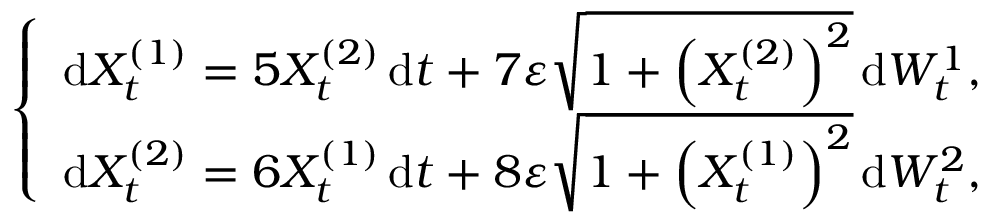
\left\{ \begin{array} { r } { \mathrm { d } X _ { t } ^ { ( 1 ) } = 5 X _ { t } ^ { ( 2 ) } \, \mathrm { d } t + 7 \varepsilon \sqrt { 1 + \left( X _ { t } ^ { ( 2 ) } \right) ^ { 2 } } \, \mathrm { d } W _ { t } ^ { 1 } , } \\ { \mathrm { d } X _ { t } ^ { ( 2 ) } = 6 X _ { t } ^ { ( 1 ) } \, \mathrm { d } t + 8 \varepsilon \sqrt { 1 + \left( X _ { t } ^ { ( 1 ) } \right) ^ { 2 } } \, \mathrm { d } W _ { t } ^ { 2 } , } \end{array} \right.